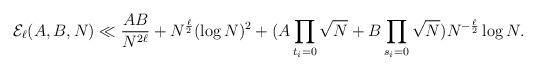
LaTeX: \begin{align*}\mathcal{E}_\ell(A,B,N)\ll \frac{AB}{N^{2\ell}}+N^{\frac{\ell}{2}}(\log N)^2+(A\prod_{t_i=0}\sqrt{N}+B\prod_{s_i=0}\sqrt{N})N^{-\frac{\ell}{2}}\log N.\end{align*}